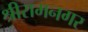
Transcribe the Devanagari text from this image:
श्रीरामनगर